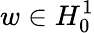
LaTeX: w\in H_{0}^{1}